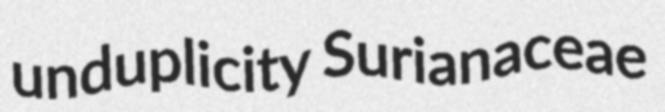
unduplicity Surianaceae